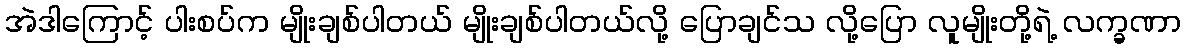
အဲဒါကြောင့် ပါးစပ်က မျိုးချစ်ပါတယ် မျိုးချစ်ပါတယ်လို့ ပြောချင်သ လို့ပြော လူမျိုးတို့ရဲ့ လက္ခဏာ